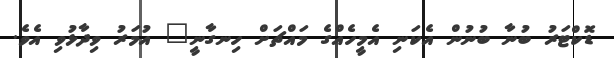
ޑޮކްޓަރު ބުނާ ބުނުން އެކަނި އެމީހެއްގެ މައްޗަށް ހިނގާނީ" އުމަރު ވިދާޅުވި އެވެ.